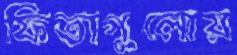
ফিতাগুলোয়